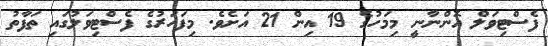
ފެސްޓިވަލް އޮންނާނީ މިމަހުގެ 19 އިން 21 އަށެވެ. މިފަހަރުގެ ފެސްޓިވަލުގައި ތަފާތު